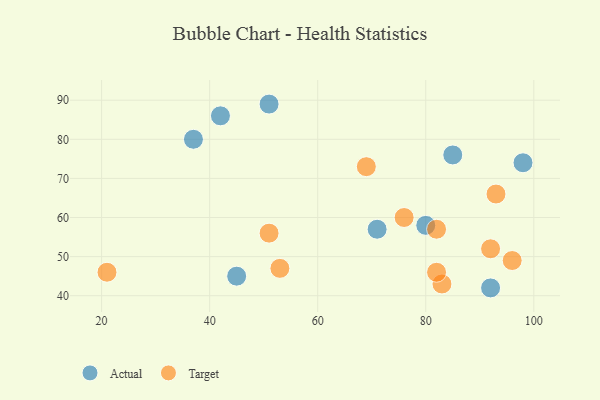
{"axis": {"x": "GDP", "y": "Life Expectancy"}, "legend": ["Actual", "Target"], "data": [{"x": "42", "y": 86, "type": "Actual"}, {"x": "37", "y": 80, "type": "Actual"}, {"x": "85", "y": 76, "type": "Actual"}, {"x": "80", "y": 58, "type": "Actual"}, {"x": "51", "y": 89, "type": "Actual"}, {"x": "45", "y": 45, "type": "Actual"}, {"x": "71", "y": 57, "type": "Actual"}, {"x": "92", "y": 42, "type": "Actual"}, {"x": "98", "y": 74, "type": "Actual"}, {"x": "51", "y": 56, "type": "Target"}, {"x": "69", "y": 73, "type": "Target"}, {"x": "96", "y": 49, "type": "Target"}, {"x": "21", "y": 46, "type": "Target"}, {"x": "83", "y": 43, "type": "Target"}, {"x": "93", "y": 66, "type": "Target"}, {"x": "82", "y": 57, "type": "Target"}, {"x": "53", "y": 47, "type": "Target"}, {"x": "92", "y": 52, "type": "Target"}, {"x": "82", "y": 46, "type": "Target"}, {"x": "76", "y": 60, "type": "Target"}]}